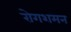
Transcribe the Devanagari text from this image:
रोगशमन